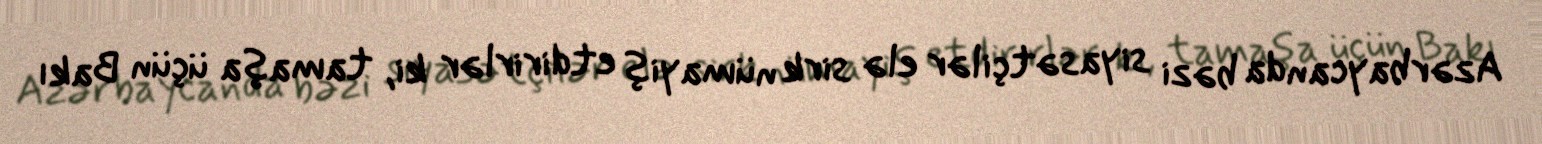
Azərbaycanda bəzi siyasətçilər elə sirk nümayiş etdirirlər ki, tamaşa üçün Bakı